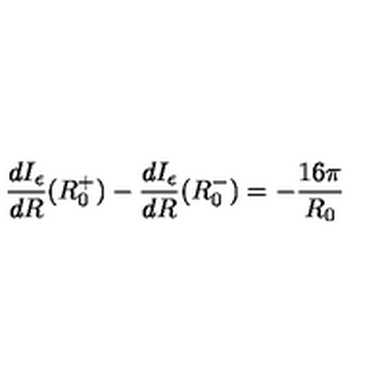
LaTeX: \frac { d I _ { \epsilon } } { d R } ( R _ { 0 } ^ { + } ) - \frac { d I _ { \epsilon } } { d R } ( R _ { 0 } ^ { - } ) = - \frac { 1 6 \pi } { R _ { 0 } }